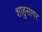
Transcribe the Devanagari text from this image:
शाहुसागर